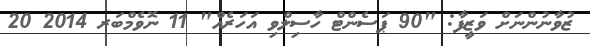
ޒުވާނުންނަށް ވަޒީފާ: "90 ޕަސެންޓް ހާސިލްވި އަހަރެއް" 11 ނޮވެމްބަރ 2014 20